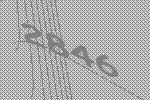
2846